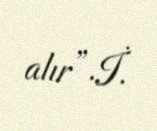
alır”.İ.